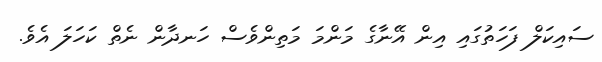
ސައިކަލް ފަހަތުގައި އިން އޭނާގެ މަންމަ މަތިންވެސް ހަނދާން ނެތް ކަހަލަ އެވެ.